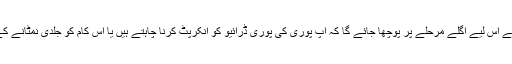
دراصل بِٹ لاکر ڈرائیو میں موجود تمام ڈیٹا کو اِنکرپٹ کر دیتا ہے اس لیے اگلے مرحلے پر پوچھا جائے گا کہ آپ پوری کی پوری ڈرائیو کو اِنکرپٹ کرنا چاہتے ہیں یا اس کام کو جلدی نمٹانے کے لیے صرف استعمال شدہ اسپیس کو بھی انکرپٹ کر سکتے ہیں۔